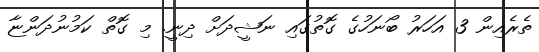
ތެރެއިން 3 އަހަރު ބޯނަހުގެ ގޮތުގައި ނަޝީދަށް ދިނީ. މި ގޮތް ކަމުނުދަންޏާ